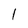
Character: l